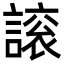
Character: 䜇